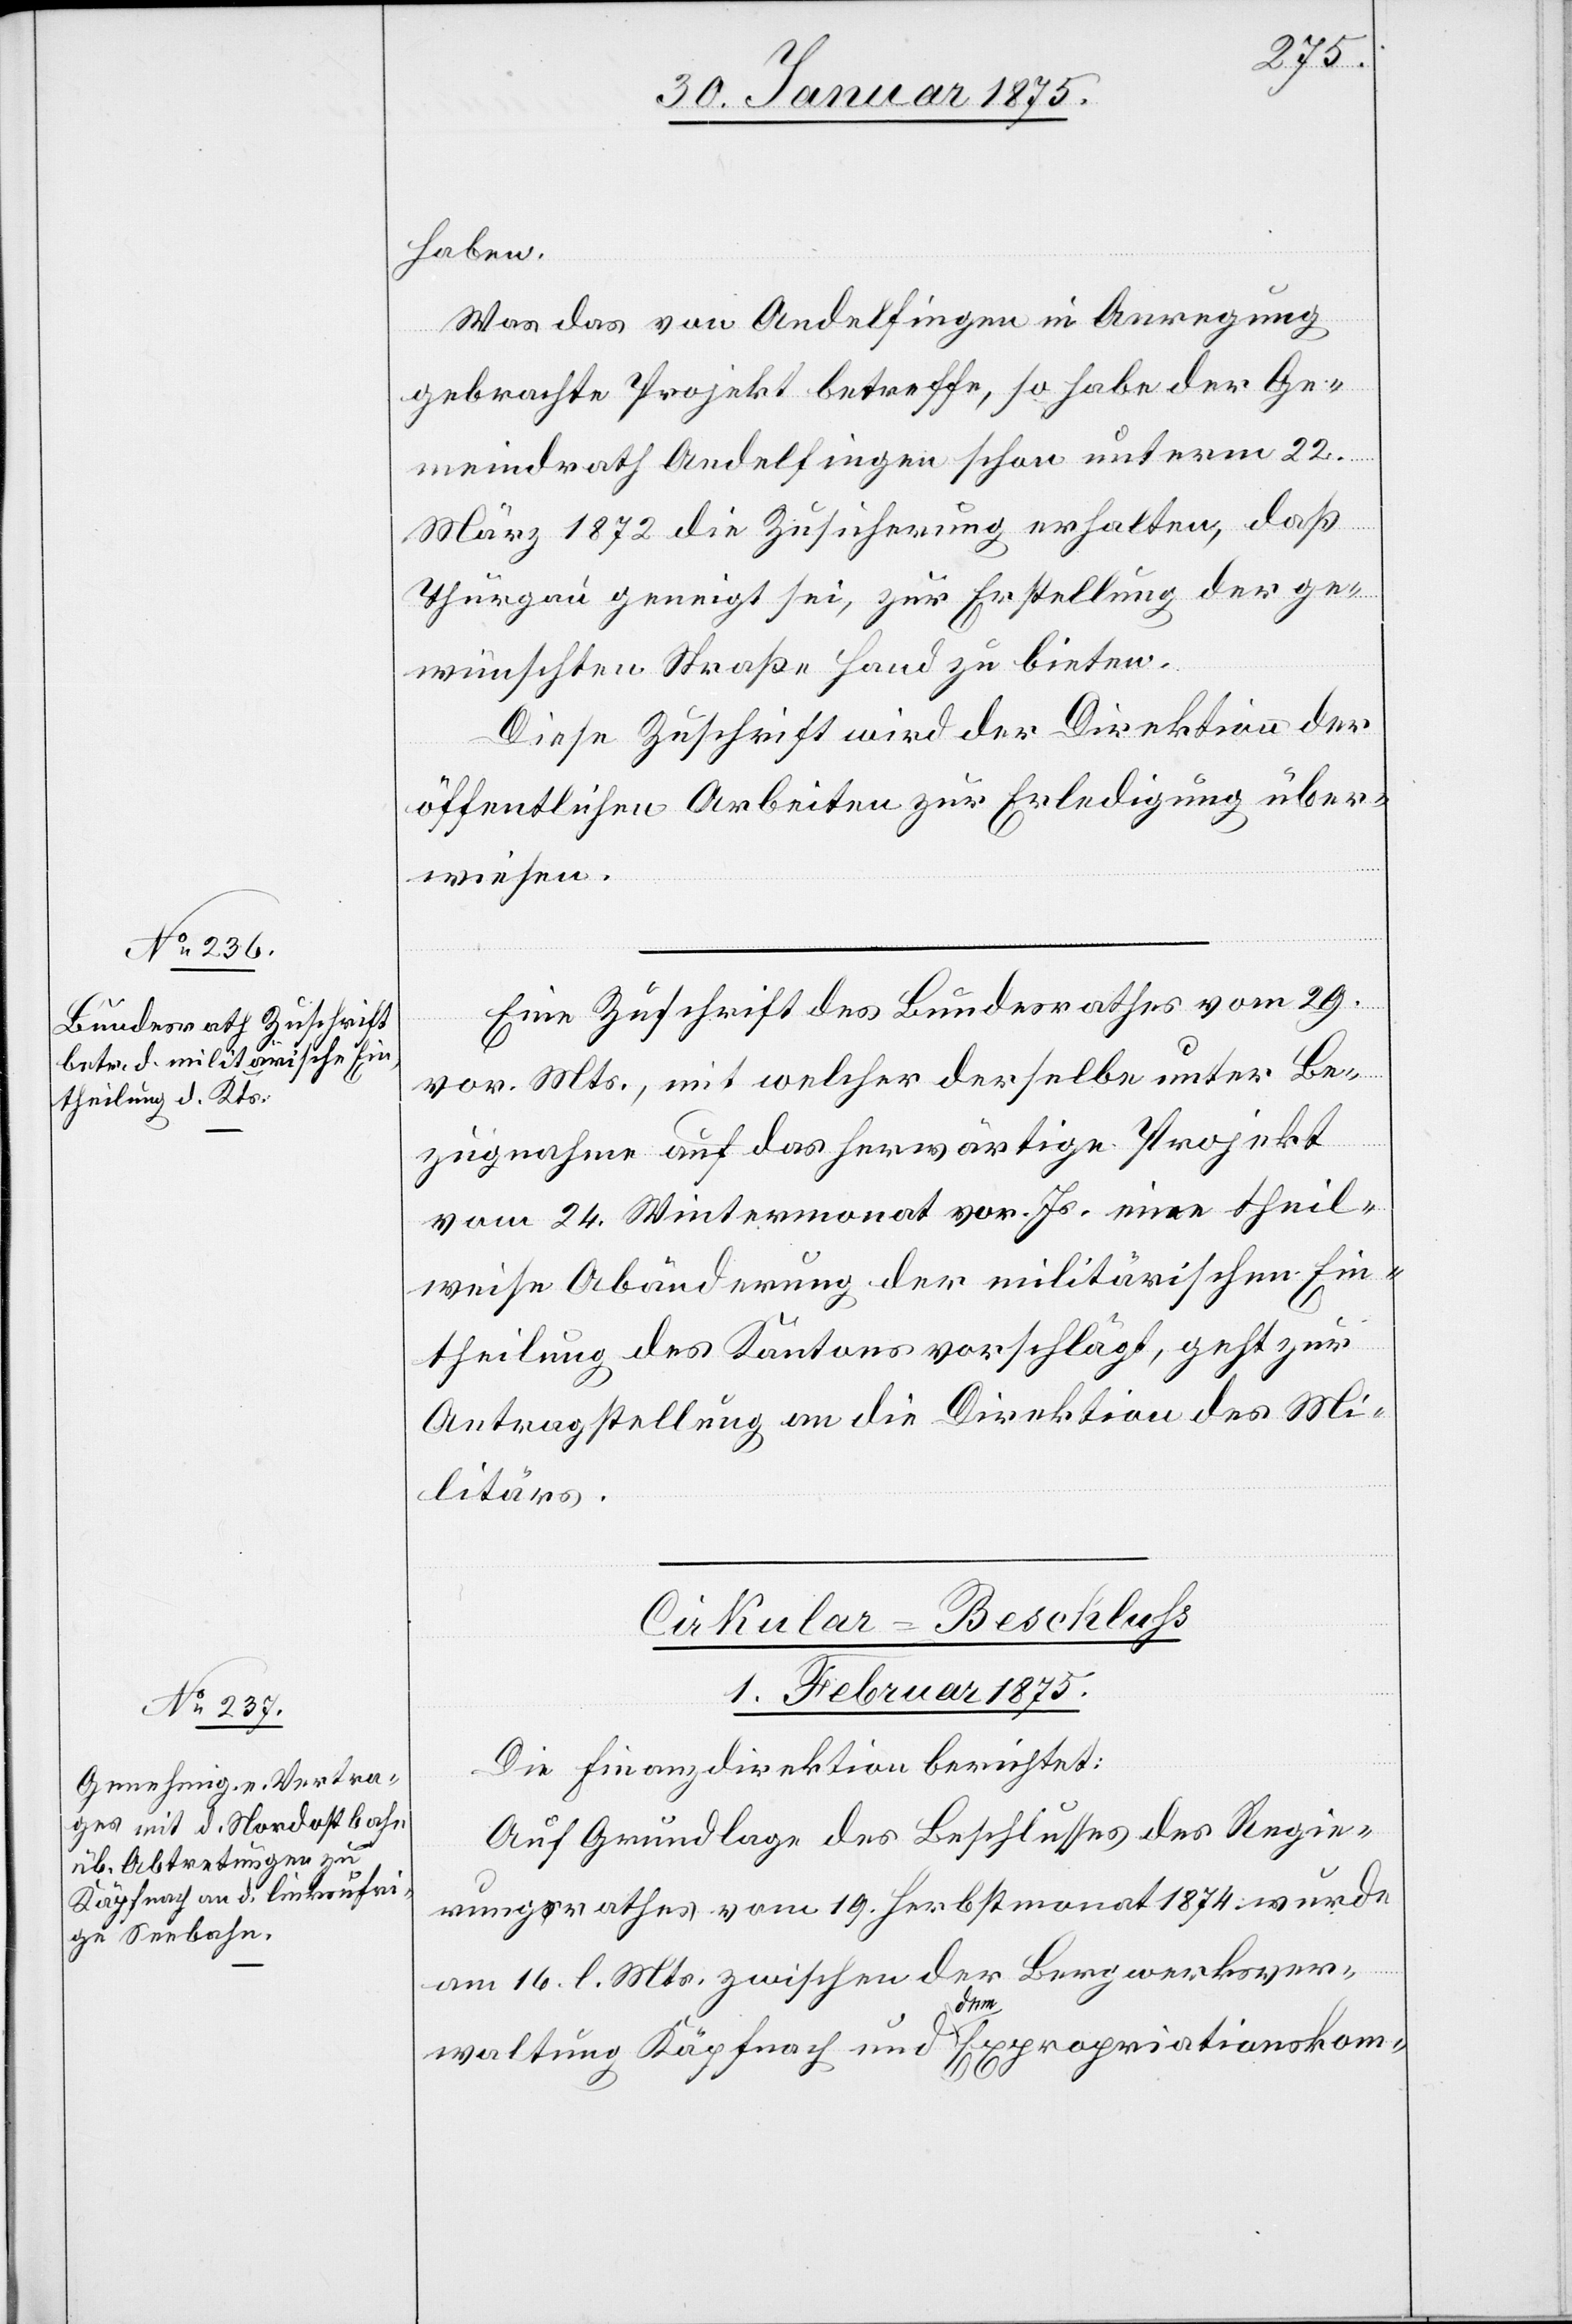
haben.
Was das von Andelfingen in Anregung
gebrachte Projekt betreffe, so habe der Ge¬
meindrath Andelfingen schon unterm 22.
März 1872 die Zusicherung erhalten, daß
Thurgau geneigt sei, zur Erstellung der ge¬
wünschten Straße Hand zu bieten.
Diese Zuschrift wird der Direktion der
öffentlichen Arbeiten zur Erledigung über¬
wiesen.
Eine Zuschrift des Bundesrathes vom 29.
vor. Mts., mit welcher derselbe unter Be¬
zugnahme auf das herwärtige Projekt
vom 24. Wintermonat vor. Js. eine theil¬
weise Abänderung der militärischen Ein¬
theilung des Kantons vorschlägt, geht zur
Antragstellung an die Direktion des Mi¬
litärs.
Cirkular-Beschluss
1. Februar 1875.
Die Finanzdirektion berichtet:
Auf Grundlage des Beschlusses des Regie¬
rungsrathes vom 19. Herbstmonat 1874 wurde
am 16. l. Mts. zwischen der Bergwerksver¬
waltung Käpfnach und a-dem-a Expropriationskom-